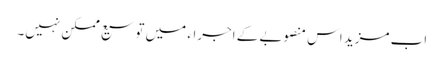
اب مزید اس منصوبے کے اجراء میں توسیع ممکن نہیں۔